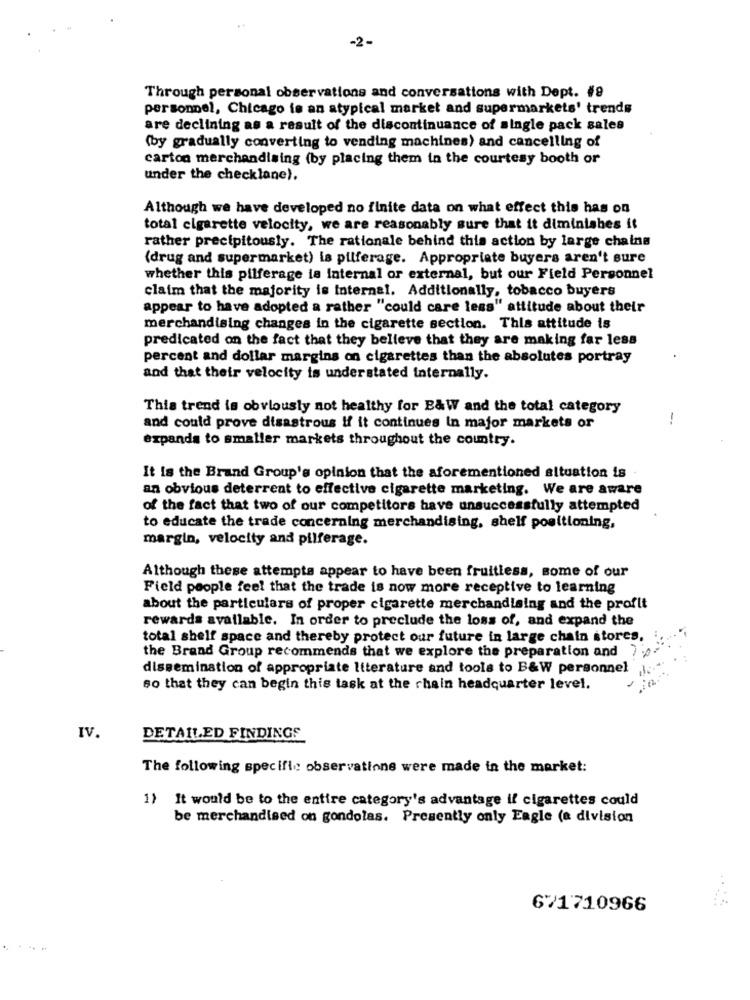
-2-
Through personal observations and conversations with Dept. #9
personnel, Chicago fe an atypical market and supermarkets' trends
are declining as a result of the discontinuance of single pack sales
(by gradually converting to vending machines) and cancelling of
carton merchandising (by placing them in the courtesy booth or
under the checklane).
Although we have developed no finite data on what effect this has on
total cigarette velocity, we are reasonably sure that it diminishes it
rather precipitously. The rationale behind this action by large chains
(drug and supermarket) la pilferage. Appropriate buyers aren't sure
whether this pilferage is internal or external, but our Field Personnel
claim that the majority is internal. Additionally, tobacco buyers
appear to have adopted a rather "could care less" attitude about their
merchandising changes in the cigarette section. This attitude is
predicated on the fact that they believe that they are making far less
percent and dollar margins on cigarettes than the absolutes portray
and that their velocity is understated internally.
This trend is obviously not healthy for B&W and the total category
-.
and could prove disastrous If it continues In major markets or
expands to smaller markets throughout the country.
It is the Brand Group's opinion that the aforementioned situation is .
an obvious deterrent to effective cigarette marketing. We are aware
of the fact that two of our competitors have unsuccessfully attempted
to educate the trade concerning merchandising, shelf positioning,
margin, velocity and pilferage.
Although these attempts appear to have been fruitless, some of our
Field people feel that the trade is now more receptive to learning
about the particulars of proper cigarette merchandising and the profit
rewards available. In order to preclude the loss of, and expand the
total shelf space and thereby protect our future in large chain stores,
the Brand Group recommends that we explore the preparation and 70
dissemination of appropriate literature and tools to B&W personnel
so that they can begin this task at the chain headquarter level.
IV.
DETAILED FINDINGS
The following specific observations were made in the market:
1) It would be to the entire category's advantage if cigarettes could
be merchandised on gondolas. Presently only Eagle (a division
671710966